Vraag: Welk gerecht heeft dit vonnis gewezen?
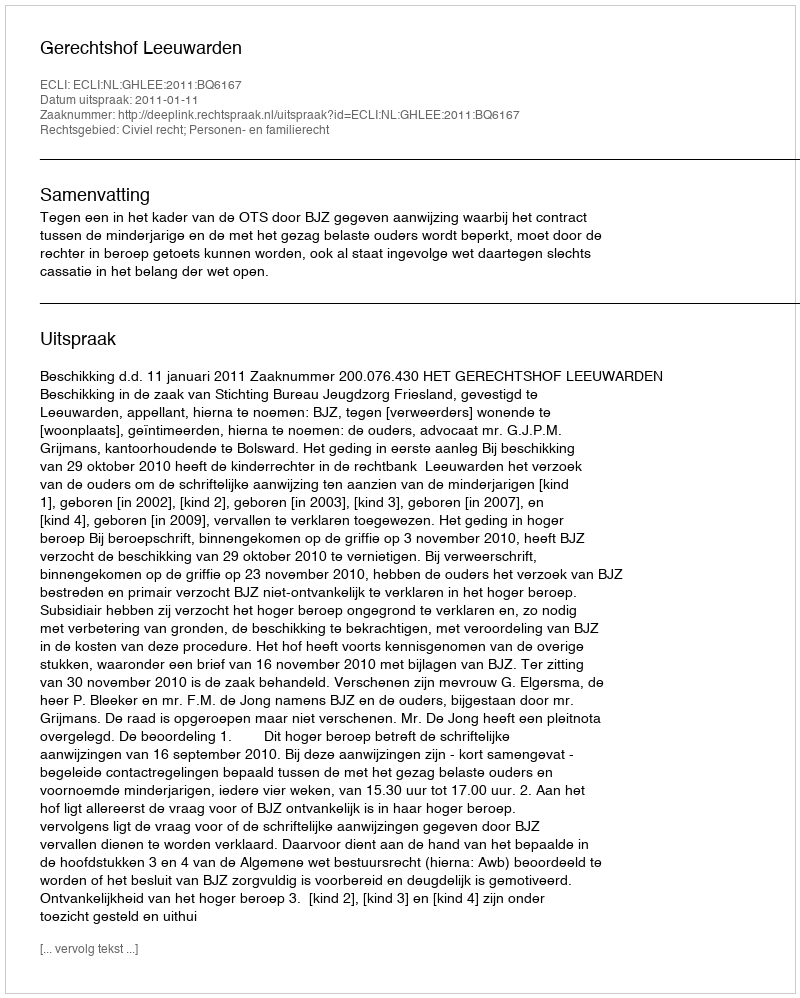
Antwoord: Gerechtshof Leeuwarden